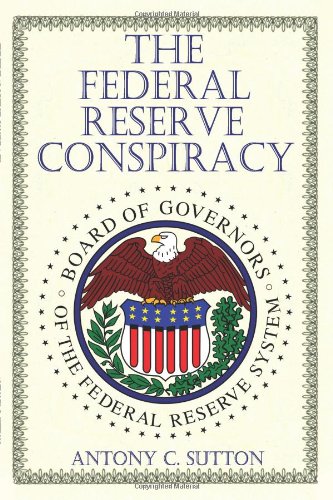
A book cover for The Federal Reserve Conspiracy; Antony C. Sutton; Business & Money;